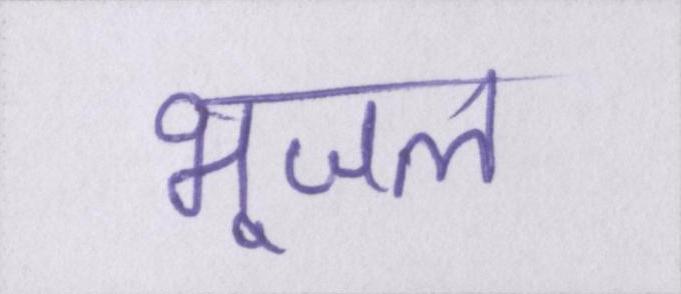
भूजल